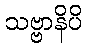
သဗ္ဗာနိပိ